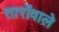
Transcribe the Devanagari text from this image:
तारोंवाले